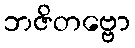
ဘဇိတဗ္ဗော